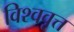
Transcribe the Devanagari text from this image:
विश्ववृत्त